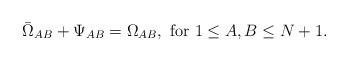
LaTeX: \begin{align*} {\bar \Omega}_{AB} + \Psi_{AB} = \Omega_{AB}, \mbox{ for } 1\le A,B \le N+1.\end{align*}